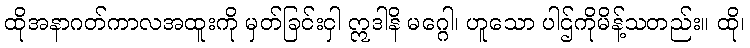
ထိုအနာဂတ်ကာလအထူးကို မှတ်ခြင်းငှါ ဣဒါနိ မဂ္ဂေါ၊ ဟူသော ပါဌ်ကိုမိန့်သတည်း။ ထို၊